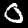
Digit: 0